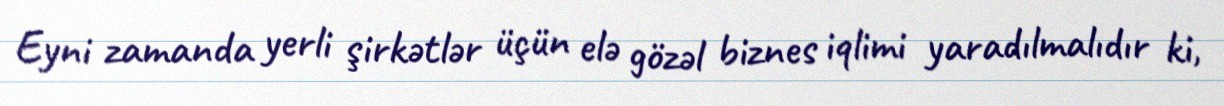
Eyni zamanda yerli şirkətlər üçün elə gözəl biznes iqlimi yaradılmalıdır ki,